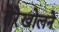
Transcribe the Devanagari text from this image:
तेरेखोलने